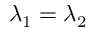
\lambda _ { 1 } = \lambda _ { 2 }